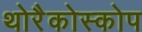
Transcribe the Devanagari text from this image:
थोरैकोस्कोप